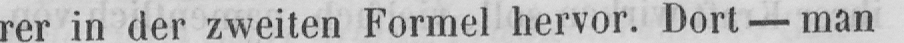
rer in der zweiten Formel hervor. Dort - man